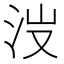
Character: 𣳒